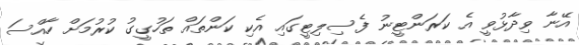
އޭނާ ވިދާޅުވީ އެ ކަރަންޓީނު ފެސިލިޓީގައި އެކި ކަންތައް ތަހުގީގު ކުރުމަށް ހާއްސަ